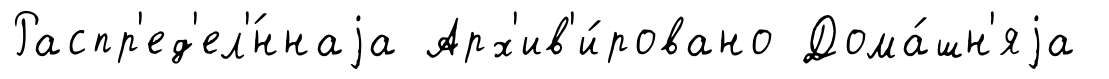
Распр'ед'ел'́ннаjа Арх'ив'и́ровано Дома́шн'яjа